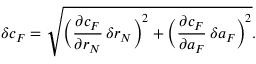
\delta c _ { F } = \sqrt { \bigg ( \frac { \partial c _ { F } } { \partial r _ { N } } \, \delta r _ { N } \bigg ) ^ { 2 } + \bigg ( \frac { \partial c _ { F } } { \partial a _ { F } } \, \delta a _ { F } \bigg ) ^ { 2 } } .